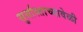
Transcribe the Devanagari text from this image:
सुर्यास्ताच्यावेळी